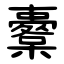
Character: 櫜